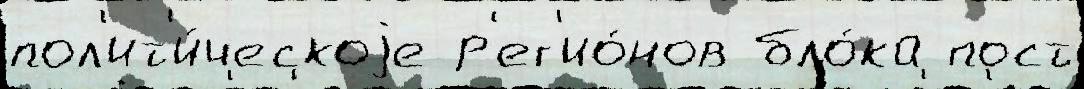
пол'ит'и́ческоjе р'ег'ио́нов бло́ка пост